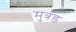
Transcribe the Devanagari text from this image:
मुत्रड